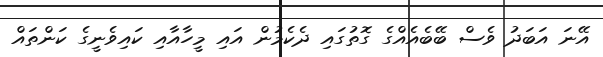
އޭނަ އަބަދު ވެސް ބޭބެއެއްގެ ގޮތުގައި ދެކެމުން އައި މީހާއާއި ކައިވެނީގެ ކަންތައް